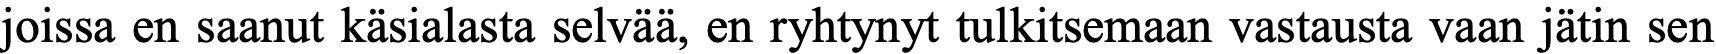
joissa en saanut käsialasta selvää, en ryhtynyt tulkitsemaan vastausta vaan jätin sen